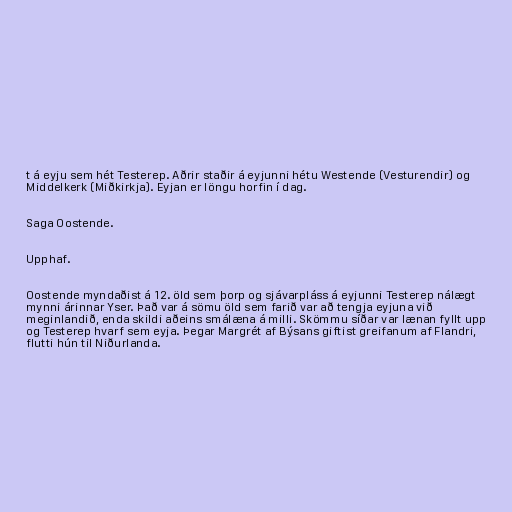
t á eyju sem hét Testerep. Aðrir staðir á eyjunni hétu Westende (Vesturendir) og
Middelkerk (Miðkirkja). Eyjan er löngu horfin í dag.

Saga Oostende.

Upphaf.

Oostende myndaðist á 12. öld sem þorp og sjávarpláss á eyjunni Testerep nálægt
mynni árinnar Yser. Það var á sömu öld sem farið var að tengja eyjuna við
meginlandið, enda skildi aðeins smálæna á milli. Skömmu síðar var lænan fyllt upp
og Testerep hvarf sem eyja. Þegar Margrét af Býsans giftist greifanum af Flandri,
flutti hún til Niðurlanda.